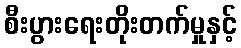
စီးပွားရေးတိုးတက်မှုနှင့်